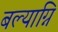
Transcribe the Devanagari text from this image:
बल्याग्नि